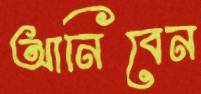
আনিবেন